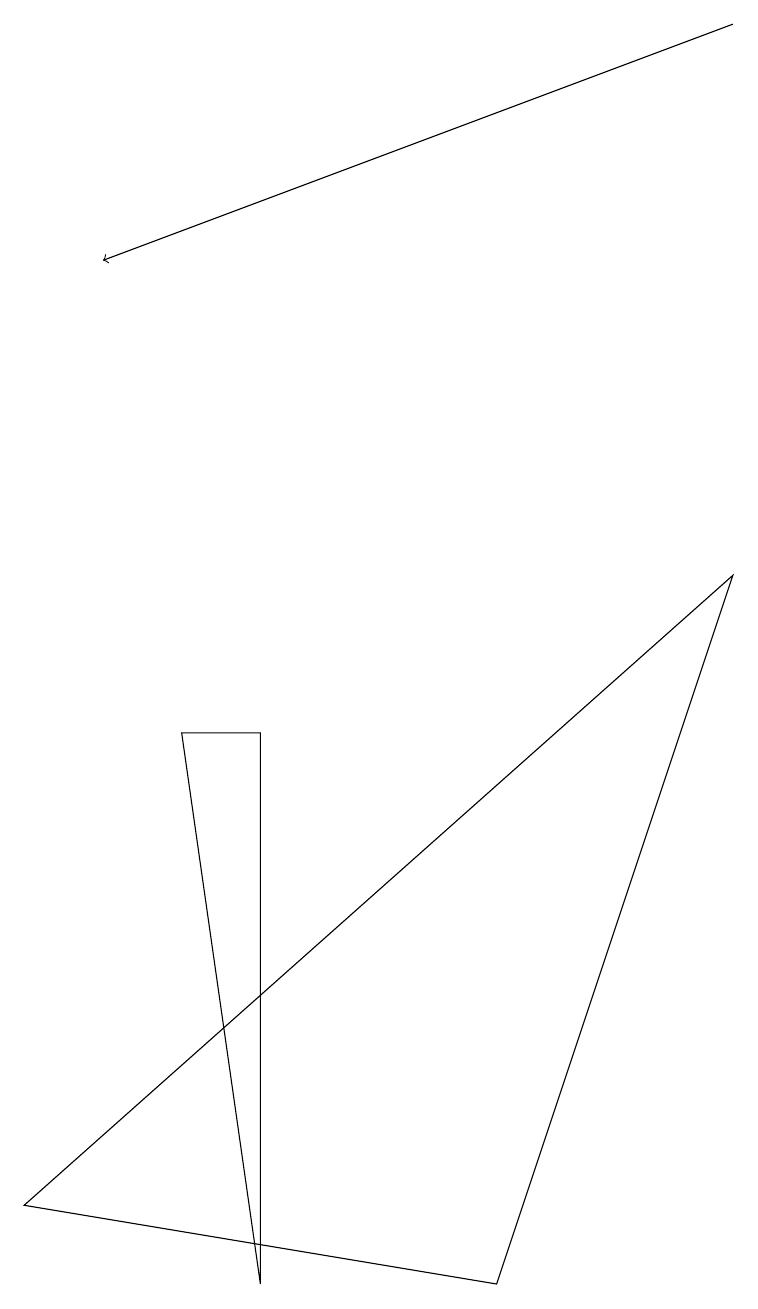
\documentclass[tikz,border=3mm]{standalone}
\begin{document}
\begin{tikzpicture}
\draw (3,0) -- (2,7) -- (3,7) -- cycle;
\draw (9,9) -- (6,0) -- (0,1) -- cycle;
\draw[->] (9,16) -- (1,13);
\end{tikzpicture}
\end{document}